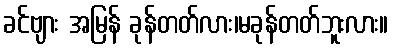
ခင်ဗျား အမြန် ခုန်တတ်လား၊မခုန်တတ်ဘူးလား။